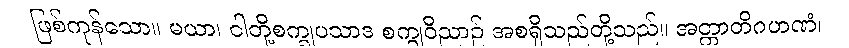
ဖြစ်ကုန်သော။ မယာ၊ ငါတို့စက္ခုပသာဒ စက္ခုဝိညာဉ် အစရှိသည်တို့သည်။ အတ္တာတိဂဟဏံ၊